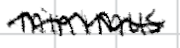
Text: minimus
Cross-out: wave
Writing tool: digital_black